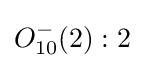
O_{10}^{-}(2):2